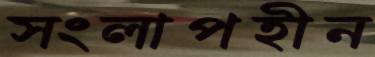
সংলাপহীন